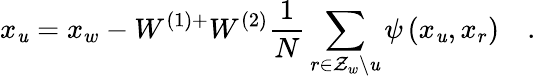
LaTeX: x_{\mathit{u}}=x_{w}-W^{(1)+}W^{(2)}\frac{{1}}{{N}}\sum_{r\in\mathcal{{Z}}_{w}\backslash\mathit{u}}\psi\left(x_{\mathit{u}},x_{r}\right)\quad.